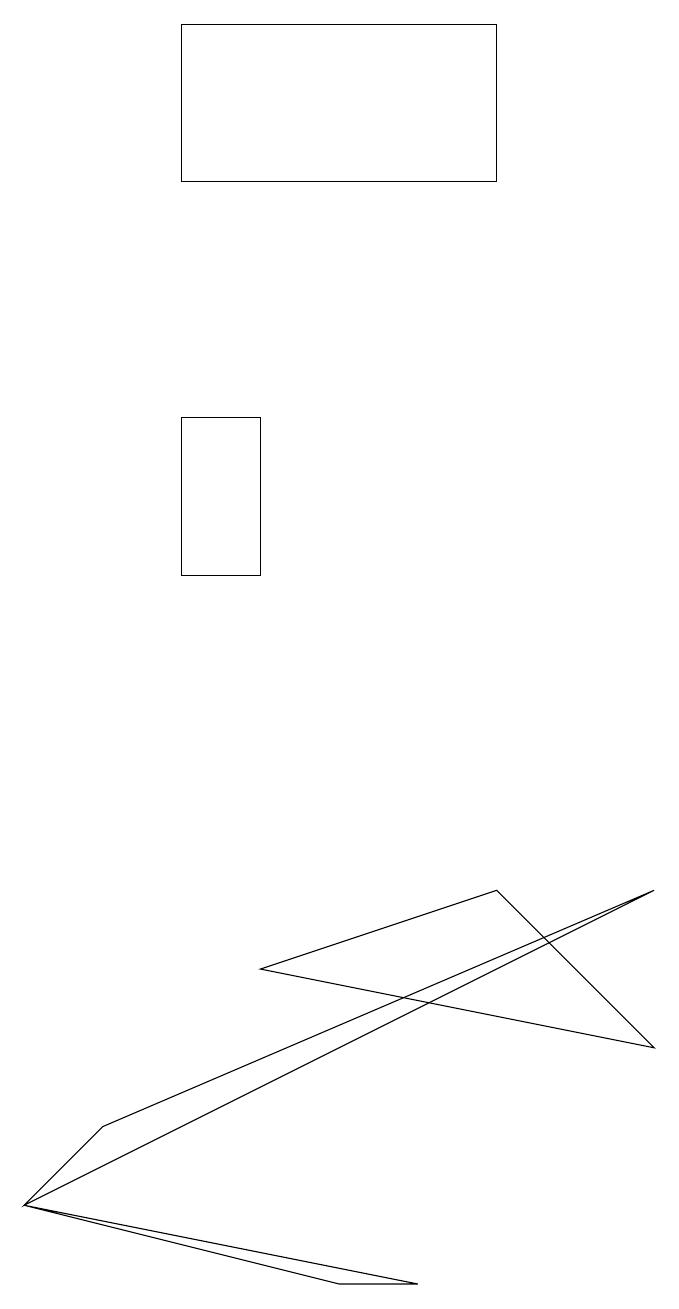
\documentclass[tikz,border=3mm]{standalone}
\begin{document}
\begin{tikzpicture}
\draw (0,2) -- (1,3) -- (8,6) -- cycle;
\draw (5,1) -- (4,1) -- (0,2) -- cycle;
\draw (8,4) -- (6,6) -- (3,5) -- cycle;
\draw (2,10) rectangle (3,12);
\draw (6,15) rectangle (2,17);
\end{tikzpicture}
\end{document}